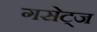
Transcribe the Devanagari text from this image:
गसेट्ज